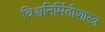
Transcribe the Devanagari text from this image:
विश्वनिर्मितीशास्त्र